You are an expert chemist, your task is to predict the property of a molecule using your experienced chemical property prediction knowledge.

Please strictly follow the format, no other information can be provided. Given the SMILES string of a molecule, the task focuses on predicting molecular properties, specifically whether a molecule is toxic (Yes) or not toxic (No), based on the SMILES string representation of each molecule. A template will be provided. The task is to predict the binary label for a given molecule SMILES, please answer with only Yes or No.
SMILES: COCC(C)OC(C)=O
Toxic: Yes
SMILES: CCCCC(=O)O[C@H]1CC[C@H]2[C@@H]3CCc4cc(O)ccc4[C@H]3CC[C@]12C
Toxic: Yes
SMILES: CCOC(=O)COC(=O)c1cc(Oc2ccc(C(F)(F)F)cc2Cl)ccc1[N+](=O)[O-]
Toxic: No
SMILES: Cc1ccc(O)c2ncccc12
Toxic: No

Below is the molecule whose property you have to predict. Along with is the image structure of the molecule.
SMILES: CCCCOC(=O)[C@@H](C)Oc1ccc(Oc2ccc(C(F)(F)F)cn2)cc1
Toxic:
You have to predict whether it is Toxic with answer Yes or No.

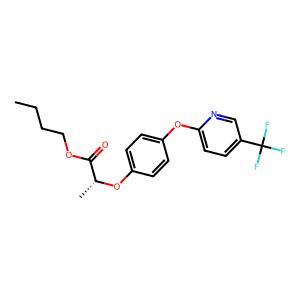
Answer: No